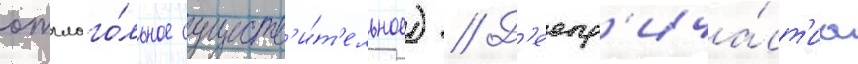
отглаго́льное существ'и́т'ельное) // Д'еепр'ича́ст'иа